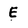
Character: E